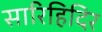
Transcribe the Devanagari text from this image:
सारिहिदिर